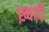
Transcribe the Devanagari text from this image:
ख़्वादी